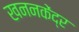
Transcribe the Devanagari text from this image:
खननकेंद्र